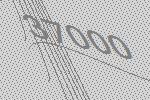
37000